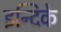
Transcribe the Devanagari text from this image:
इन्दिके